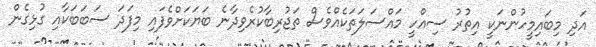
އަދި މިބައިމީހުންނަކީ އިތުރު ސިއްހީ މައްސަލަތަކެއްވެސް ތަޖުރިބާކުރެވިދާނެ ބަޔަކަށްވެފައި މިފަދަ ސަބަބަކާއި ގުޅިގެން